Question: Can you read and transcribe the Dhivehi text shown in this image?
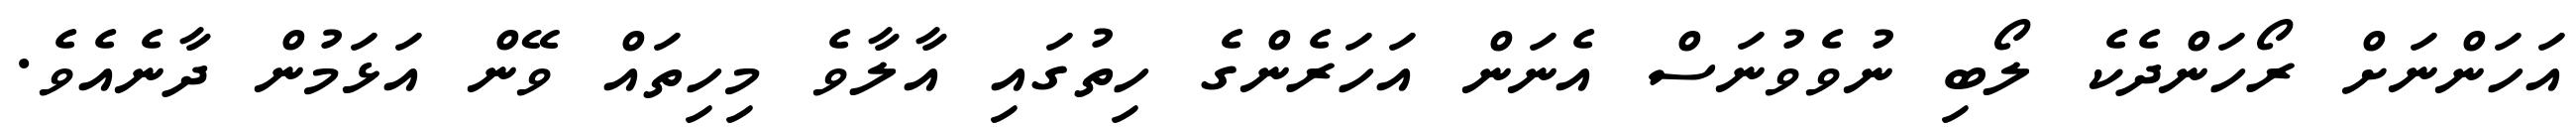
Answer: އަހަންނަށް ރޯހަންދެކެ ލޯބި ނުވެވުނަސް އެނަން އަހަރެންގެ ހިތުގައި އާލާވެ މިހިތައް ވޭން އަޅަމުން ދާނެއެވެ.